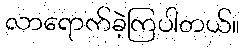
လာရောက်ခဲ့ကြပါတယ်။